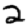
Digit: 2